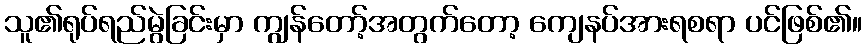
သူ၏ရုပ်ရည်မွဲခြင်းမှာ ကျွန်တော့်အတွက်တော့ ကျေနပ်အားရစရာ ပင်ဖြစ်၏။